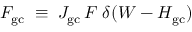
{ \cal F } _ { \mathrm { g c } } \; \equiv \; { \cal J } _ { \mathrm { g c } } \, F \; \delta ( W - H _ { \mathrm { g c } } )